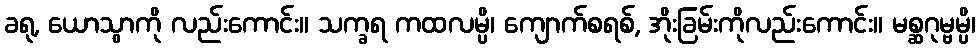
ခရု, ယောသွာကို လည်းကောင်း။ သက္ခရ ကထလမ္ပိ၊ ကျောက်စရစ်, အိုးခြမ်းကိုလည်းကောင်း။ မစ္ဆဂုမ္ဗမ္ပိ၊